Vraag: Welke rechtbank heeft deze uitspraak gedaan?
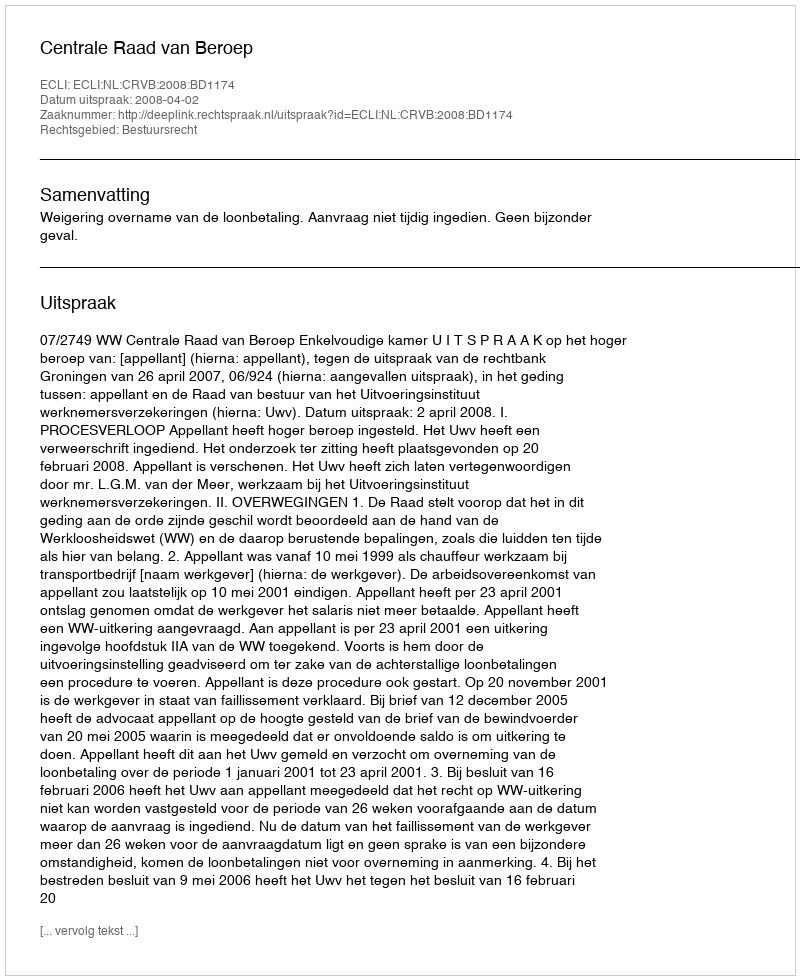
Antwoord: Centrale Raad van Beroep